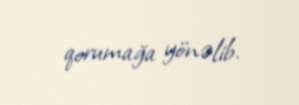
qorumağa yönəlib.